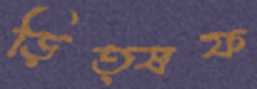
ড়িত্ষফ